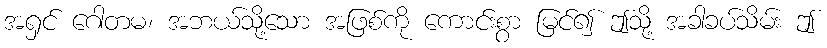
အရှင် ဂေါတမ၊ အဘယ်သို့သော အဖြစ်ကို ကောင်းစွာ မြင်၍ ဤသို့ အခါခပ်သိမ်း ဤ